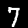
Digit: 7